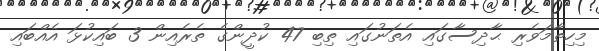
މިހިތާމަވެރި ޙާދިސާގައި އެތަނުގައި ތިބި 47 ކުދީންގެ ތެރެއިން 3 ބައިކުޅަ އެއްބައި